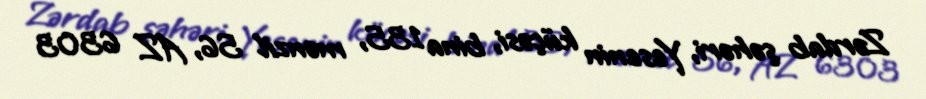
Zərdab şəhəri, Yesenin küçəsi, bina 135, mənzil 56, AZ 6303